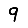
Digit: 9